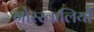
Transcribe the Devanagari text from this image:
गोरखालियों